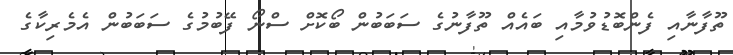
ތޫފާނާއި ފެންބޮޑުވުމާއި ބައެއް ތޫފާނުގެ ސަބަބުން ބޯކޮށް ސްނޯ ފޭބުމުގެ ސަބަބުން އެމެރިކާގެ